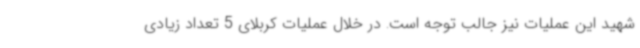
شهید این عملیات نیز جالب توجه است. در خلال عملیات کربلای 5 تعداد زیادی